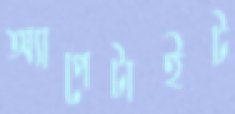
অ্যাপেটাইট